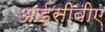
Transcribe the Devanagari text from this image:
आईसीबीए